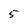
Character: 5